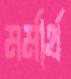
মর্মার্থ